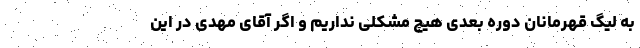
به لیگ قهرمانان دوره بعدی هیچ مشکلی نداریم و اگر آقای مهدی در این